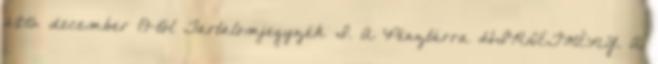
2015. december 19-től Tartalomjegyzék I. A Pénztárra HIRDETMÉNY. A